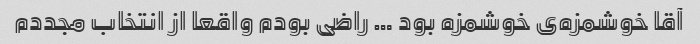
آقا خوشمزه‌ی خوشمزه بود … راضی بودم واقعا از انتخاب مجددم